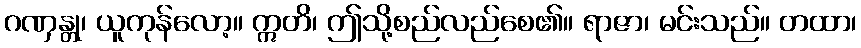
ဂဏှန္တု၊ ယူကုန်လော့။ ဣတိ၊ ဤသို့စည်လည်စေ၏။ ရာဇာ၊ မင်းသည်။ တထာ၊